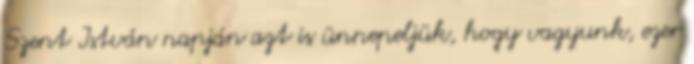
Szent István napján azt is ünnepeljük, hogy vagyunk, ezer